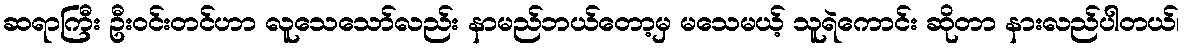
ဆရာကြီး ဦးဝင်းတင်ဟာ လူသေသော်လည်း နာမည်ဘယ်တော့မှ မသေမယ့် သူရဲကောင်း ဆိုတာ နားလည်ပါတယ်၊